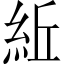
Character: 𥿤